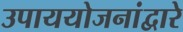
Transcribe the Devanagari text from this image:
उपाययोजनांद्वारे